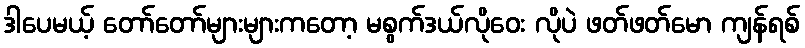
ဒါပေမယ့် တော်တော်များများကတော့ မစွက်ဒယ်လိုဝေး လိုပဲ ဖတ်ဖတ်မော ကျန်ရစ်